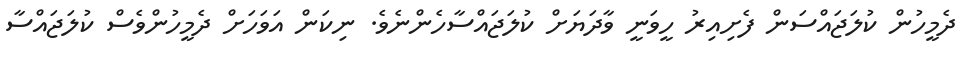
ދެމީހުން ކުލަޖައްސަން ފެށިއިރު ހީވަނީ ވާދަޔަށް ކުލަޖައްސާހެންނެވެ. ނިކަން އަވަހަށް ދެމީހުންވެސް ކުލަޖައްސާ